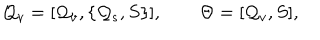
LaTeX: { \cal Q } _ { v } = [ { \cal Q } _ { v } , \{ { \cal Q } _ { s } , S \} ] , \quad \quad \Theta = [ { \cal Q } _ { v } , S ] ,